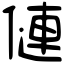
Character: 僆